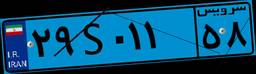
۱۵S۰۴۵۳۶